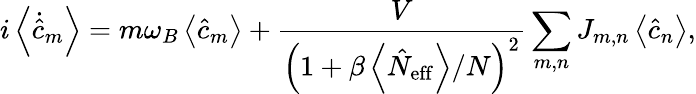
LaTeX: i\left\langle\dot{\hat{c}}_{m}\right\rangle=m\omega_{B}\left\langle\hat{c}_{m}\right\rangle+\frac{V}{\left(1+\beta\left\langle\hat{N}_{\mathrm{eff}}\right\rangle/N\right)^{2}}\sum_{m,n}J_{m,n}\left\langle\hat{c}_{n}\right\rangle,